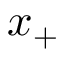
x _ { + }